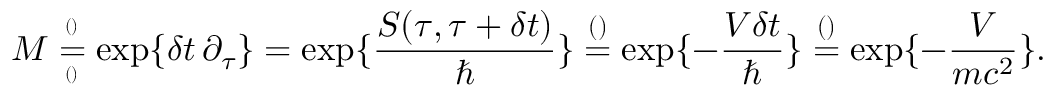
M \overset { ^ { ( ) } } { \underset { ^ { ( ) } } { = } } \exp \{ \delta t \, \partial _ { \tau } \} = \exp \{ \frac { S ( \tau , \tau + \delta t ) } { \hbar } \} \overset { \footnotesize ( ) } { = } \exp \{ - \frac { V \delta t } { \hbar } \} \overset { \footnotesize ( ) } { = } \exp \{ - \frac { V } { m c ^ { 2 } } \} .